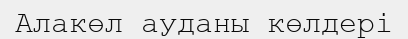
Алакөл ауданы көлдері